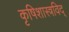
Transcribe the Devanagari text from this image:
कृषिशास्त्रविद्